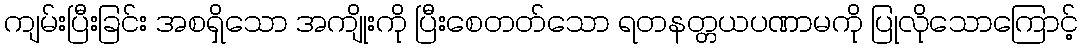
ကျမ်းပြီးခြင်း အစရှိသော အကျိုးကို ပြီးစေတတ်သော ရတနတ္တယပဏာမကို ပြုလိုသောကြောင့်